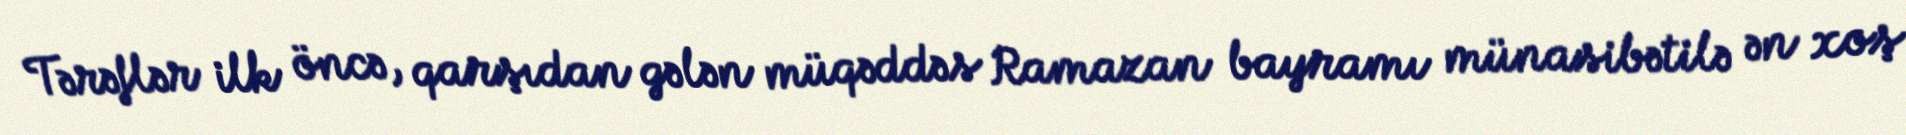
Tərəflər ilk öncə, qarşıdan gələn müqəddəs Ramazan bayramı münasibətilə ən xoş